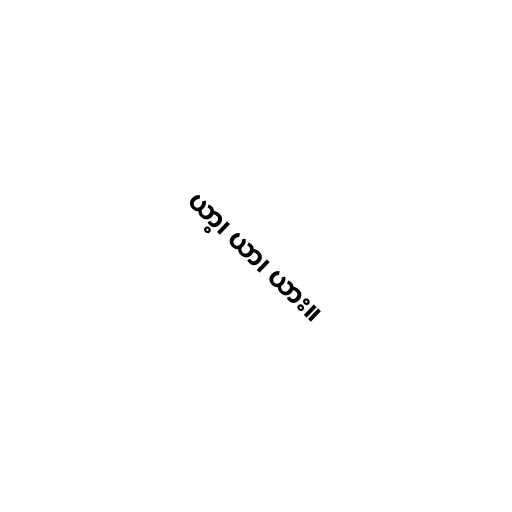
ယာ့၊ ယာ၊ ယား။